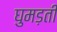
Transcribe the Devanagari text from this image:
घुमड़ती